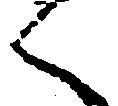
く